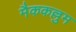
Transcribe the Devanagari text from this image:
मैककल्लुम